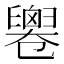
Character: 𠨧